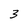
Character: 3